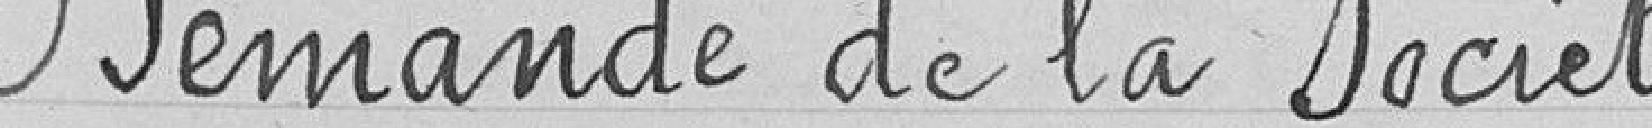
Demande de la Société